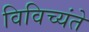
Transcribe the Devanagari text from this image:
विविच्यंते